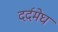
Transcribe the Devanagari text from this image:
दर्दमेघ